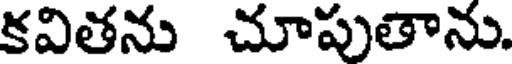
కవితను చూపుతాను.